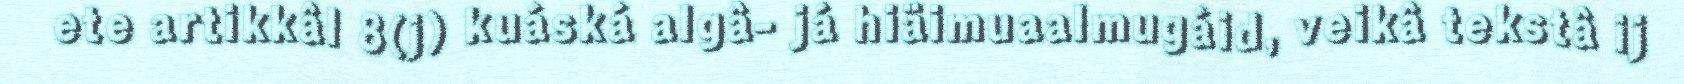
ete artikkâl 8(j) kuáská algâ- já hiäimuaalmugáid, veikâ tekstâ ij